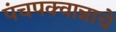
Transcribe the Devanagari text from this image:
पंचपक्वान्नाचे